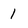
Character: 1